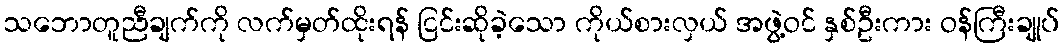
သဘောတူညီချက်ကို လက်မှတ်ထိုးရန် ငြင်းဆိုခဲ့သော ကိုယ်စားလှယ် အဖွဲ့ဝင် နှစ်ဦးကား ဝန်ကြီးချုပ်